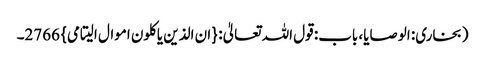
(بخاری: الوصایا، باب: قول اللہ تعالیٰ: {ان الذین یاکلون اموال الیتامی} 2766۔